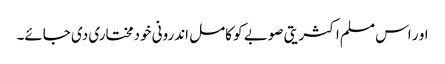
او ر اس مسلم اکثریتی صوبے کو کامل اندرونی خودمختاری دی جائے۔